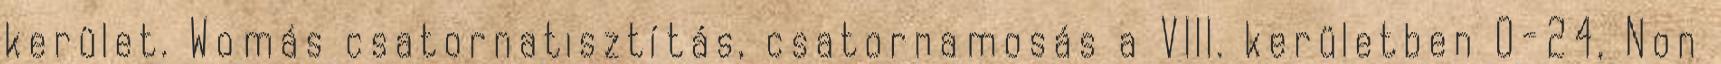
kerület. Womás csatornatisztítás, csatornamosás a VIII. kerületben 0-24, Non